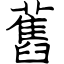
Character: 舊